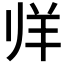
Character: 𱻉